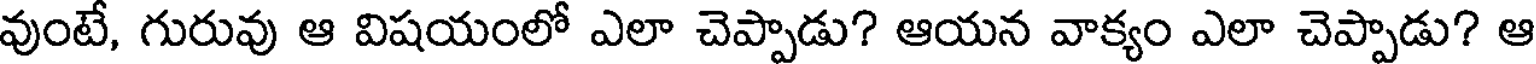
వుంటే, గురువు ఆ విషయంలో ఎలా చెప్పాడు? ఆయన వాక్యం ఎలా చెప్పాడు? ఆ